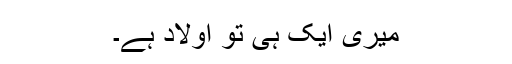
میری ایک ہی تو اولاد ہے۔